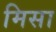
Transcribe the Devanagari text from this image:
मिसा